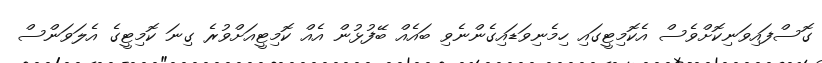
ގޮސްފައިވަނިކޮށްވެސް އެކޮމިޓީގައި ހިމެނިވަޑައިގެންނެވި ބައެއް ބޭފުޅުން އެއް ކޮމިޓީއަށްވުރެ ގިނަ ކޮމިޓީގެ އެލަވަންސް